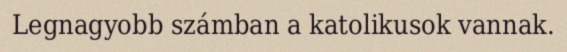
Legnagyobb számban a katolikusok vannak.